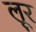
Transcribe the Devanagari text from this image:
लूर